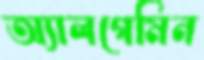
অ্যালগেমিন